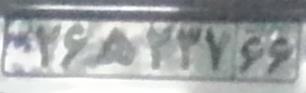
۲۶ه۲۳۷۶۶